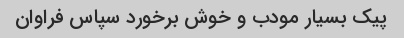
پیک بسیار مودب و خوش برخورد سپاس فراوان